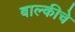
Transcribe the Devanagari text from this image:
बाल्कीचे